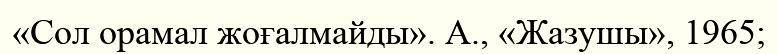
«Сол орамал жоғалмайды». А., «Жазушы», 1965;